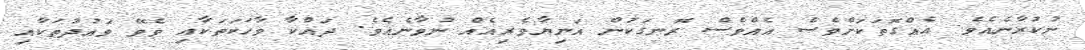
ނުކުރާނެއެވެ. އެއްގޮތަކަށްވެސް އެއްވެސް ރޮނގަކުން އަނިޔާވެރިއެއް ނުވާނެއެވެ. ދައްކާ ވާހަކަތަކާއި ވެވޭ ވަޢުދުތަކާއި